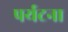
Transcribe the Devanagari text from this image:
पर्यटना